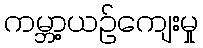
ကမ္ဘာ့ယဉ်ကျေးမှု